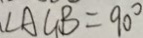
\angle A C B = 9 0 ^ { \circ }